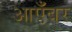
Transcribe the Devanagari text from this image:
आएँबर